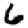
Digit: 6